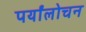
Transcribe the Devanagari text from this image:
पर्यांलोचन